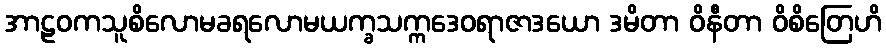
အာဠဝကသူစိလောမခရလောမယက္ခသက္ကဒေဝရာဇာဒယော ဒမိတာ ဝိနီတာ ဝိစိတြေဟိ